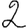
Digit: 2